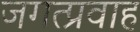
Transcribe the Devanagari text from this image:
जगत्प्रवाह